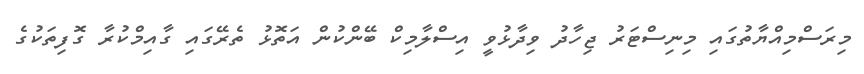
މިރަސްމިއްޔާތުގައި މިނިސްޓަރު ޖިހާދު ވިދާޅުވީ އިސްލާމިކް ބޭންކުން އަތޮޅު ތެރޭގައި ގާއިމްކުރާ ގޮފިތަކުގެ